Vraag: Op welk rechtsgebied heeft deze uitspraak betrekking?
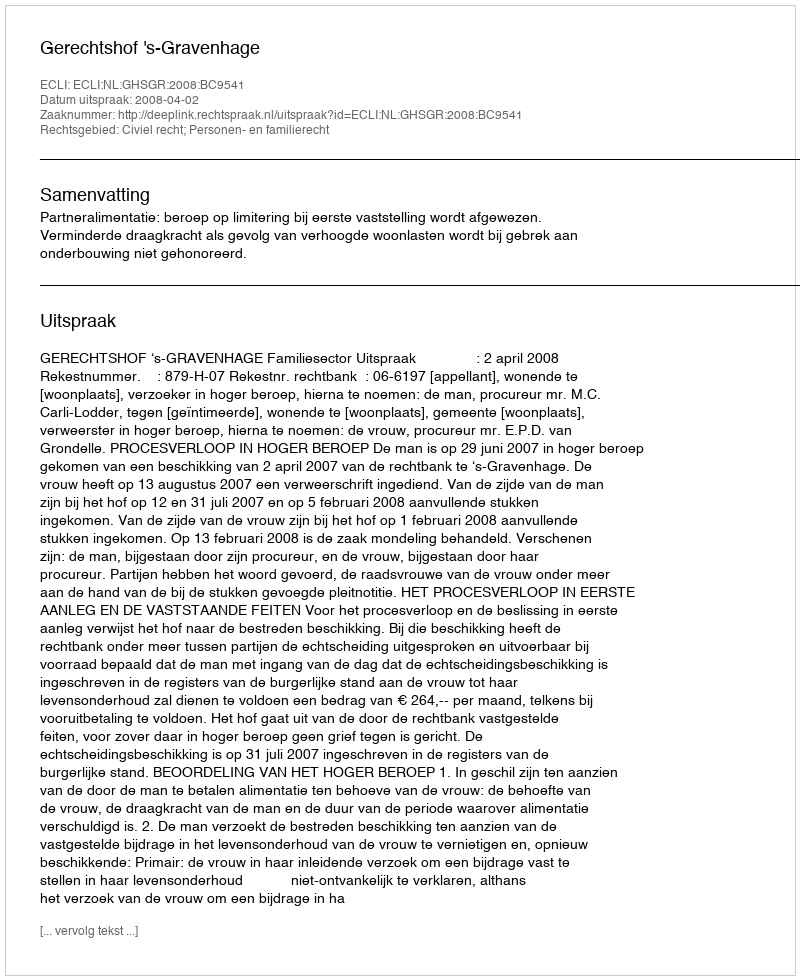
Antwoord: Civiel recht; Personen- en familierecht